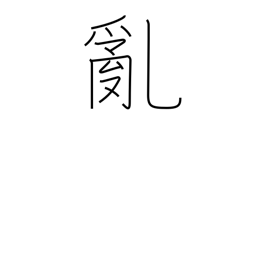
Meaning: riot